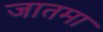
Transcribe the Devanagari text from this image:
जातमा